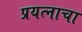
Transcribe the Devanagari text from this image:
प्रयत्‍नाचा